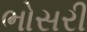
ભોસરી